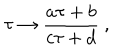
LaTeX: \tau \rightarrow { \frac { a \tau + b } { c \tau + d } } \ ,